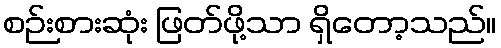
စဉ်းစားဆုံး ဖြတ်ဖို့သာ ရှိတော့သည်။